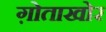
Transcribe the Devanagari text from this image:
ग़ोताखोर